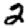
Digit: 2